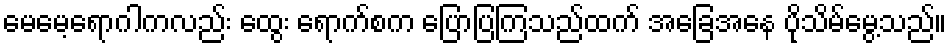
မေမေ့ရောဂါကလည်း ထွေး ရောက်စက ပြောပြကြသည်ထက် အခြေအနေ ပိုသိမ်မွေ့သည်။